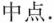
中点.